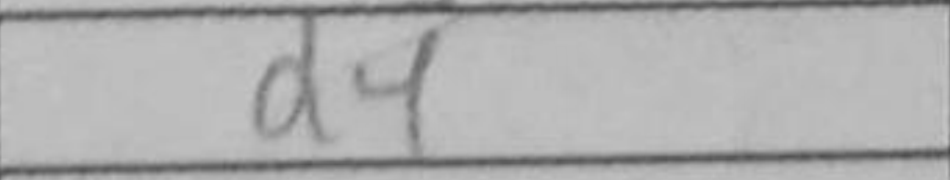
Transcription: d4